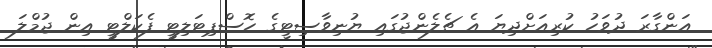
އަންގާރަ ދުވަހު ކުރިއަށްދިޔަ އެ ޗެލެންޖުގައި ޔުނިވާސިޓީގެ ހޮސްޕިޓަލިޓީ ފެކަލްޓީ އިން ޖުމްލަ